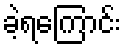
ခဲ့ရကြောင်း